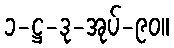
၁-ဋ္ဌ-ဒု-အုပ်-၉၀။